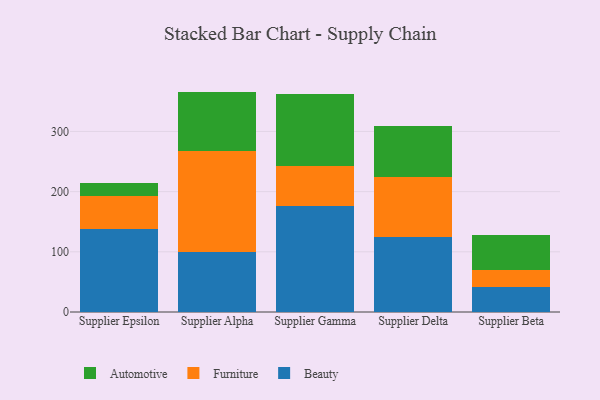
{"axis": {"x": "Supplier", "y": "Churn Rate (%)"}, "legend": ["Automotive", "Beauty", "Furniture"], "data": [{"x": "Supplier Epsilon", "y": 138.1, "type": "Beauty"}, {"x": "Supplier Epsilon", "y": 54.7, "type": "Furniture"}, {"x": "Supplier Epsilon", "y": 22.2, "type": "Automotive"}, {"x": "Supplier Alpha", "y": 99.8, "type": "Beauty"}, {"x": "Supplier Alpha", "y": 168.0, "type": "Furniture"}, {"x": "Supplier Alpha", "y": 98.4, "type": "Automotive"}, {"x": "Supplier Gamma", "y": 176.3, "type": "Beauty"}, {"x": "Supplier Gamma", "y": 65.5, "type": "Furniture"}, {"x": "Supplier Gamma", "y": 120.4, "type": "Automotive"}, {"x": "Supplier Delta", "y": 125.3, "type": "Beauty"}, {"x": "Supplier Delta", "y": 98.2, "type": "Furniture"}, {"x": "Supplier Delta", "y": 85.7, "type": "Automotive"}, {"x": "Supplier Beta", "y": 42.1, "type": "Beauty"}, {"x": "Supplier Beta", "y": 28.4, "type": "Furniture"}, {"x": "Supplier Beta", "y": 57.0, "type": "Automotive"}]}